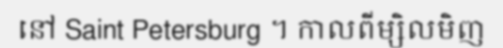
នៅ Saint Petersburg ។ កាលពីម្សិលមិញ